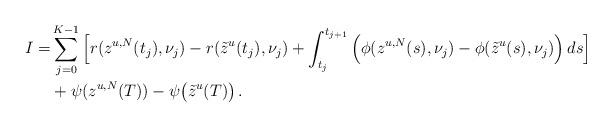
LaTeX: \begin{align*} I =& \sum_{j = 0}^{K-1} \Big[ r(z^{u, N}(t_j), \nu_j) - r(\tilde{z}^u(t_j), \nu_j) + \int_{t_j}^{t_{j+1}} \Big(\phi(z^{u, N}(s), \nu_{j}) - \phi(\tilde{z}^{u}(s), \nu_{j})\Big) \,ds\Big] \\ & + \psi(z^{u,N}(T)) - \psi\big(\tilde{z}^u(T)\big)\,. \end{align*}